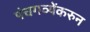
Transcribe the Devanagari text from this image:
पंचगव्येंकरुन